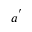
a ^ { ' }